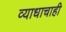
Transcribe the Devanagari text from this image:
व्याधाचाही